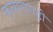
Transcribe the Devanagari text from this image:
कनारागढ़ी